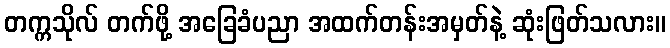
တက္ကသိုလ် တက်ဖို့ အခြေခံပညာ အထက်တန်းအမှတ်နဲ့ ဆုံးဖြတ်သလား။